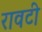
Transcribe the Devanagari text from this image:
रावटी